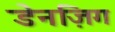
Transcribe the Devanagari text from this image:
डेनज़िग